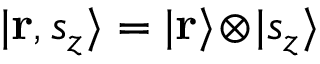
| \mathbf { r } , s _ { z } \rangle = | \mathbf { r } \rangle \! \otimes \! | s _ { z } \rangle